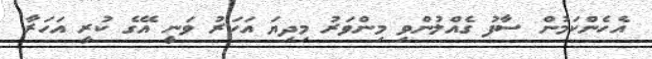
އެހެންކަމުން ސާފު ގެއްލުންވި މިންވަރު މިދިޔަ އަހަރު ވަނީ އޭގެ ކުރީ އަހަރާ